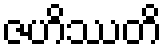
ဇဟိဿတိ